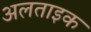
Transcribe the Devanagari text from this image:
अलताइक